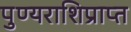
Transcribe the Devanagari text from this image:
पुण्यराशिप्राप्त